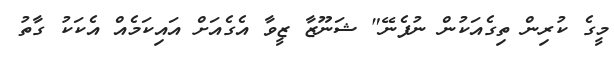
މީގެ ކުރިން ތިގެއަކުން ނުފެނޭ" ޝަނޫޒާ ޒީވާ އެގެއަށް އައިކަމެއް އެކަކު ގާތު